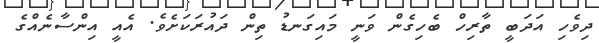
ދިވެހި އަދަބީ ތާރިހް ބެހިގެން ވަނީ މައިގަނޑު ތިން ދައުރަކަށެވެ. އެއީ އިންސާނެއްގެ